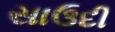
સાઉદી